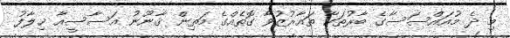
މި ދެ މުއައްސަސާގެ ބާރުތަކާ ތައާރުޒުވާ ގޮތެއްގެ މަތިން ޤާނޫނު އަސާސީއާ ޚިލާފު